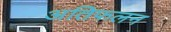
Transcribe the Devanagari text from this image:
अतिफलन